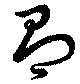
有